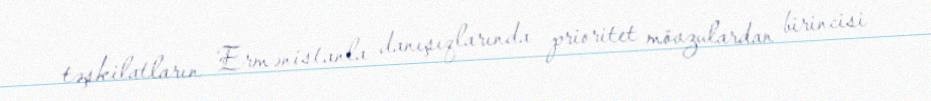
təşkilatların Ermənistanla danışıqlarında prioritet mövzulardan birincisi